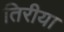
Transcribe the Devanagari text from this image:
तिरीया